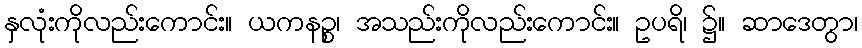
နှလုံးကိုလည်းကောင်း။ ယကနဉ္စ၊ အသည်းကိုလည်းကောင်း။ ဥပရိ၊ ၌။ ဆာဒေတွာ၊